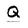
Character: Q